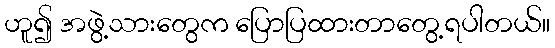
ဟူ၍ အဖွဲ့သားတွေက ပြောပြထားတာတွေ့ရပါတယ်။